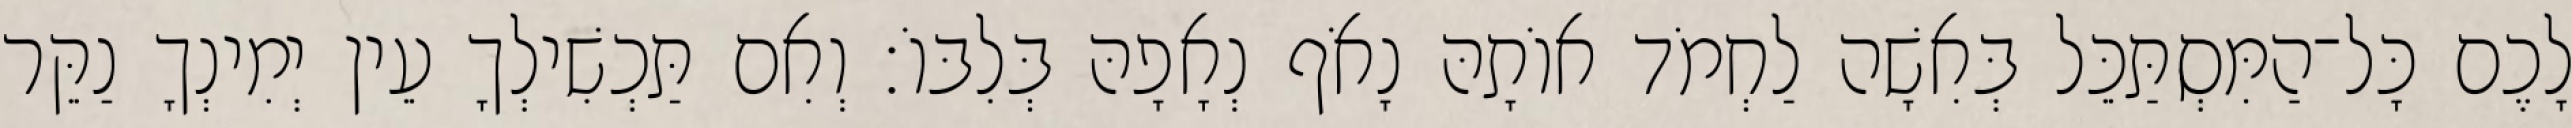
לָכֶם כָּל־הַמִּסְתַּכֵּל בְּאִשָׁה לַחְמֹד אוֹתָהּ נָאֹף נְאָפָהּ בְּלִבּוֹ׃ וְאִם תַּכְשִׁילְךָ עֵין יְמִינְךָ נַקֵּר